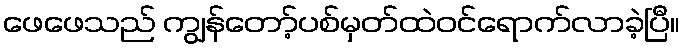
ဖေဖေသည် ကျွန်တော့်ပစ်မှတ်ထဲဝင်ရောက်လာခဲ့ပြီ။